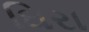
ઘિરા